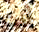
أنت